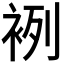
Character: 𧙷